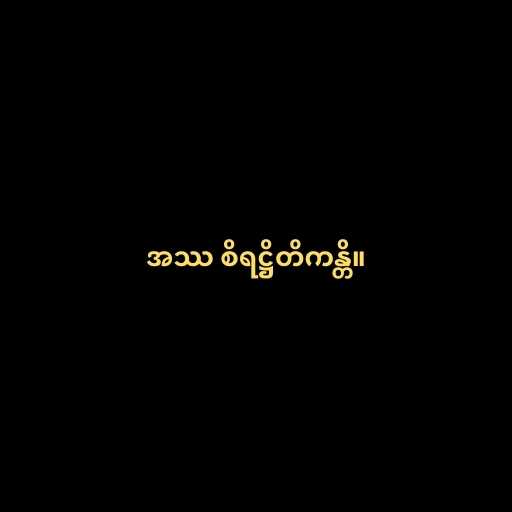
အဿ စိရဋ္ဌိတိကန္တိ။